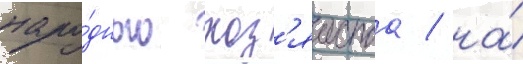
наро́дного хоз'яиства / на́